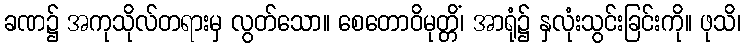
ခဏ၌ အကုသိုလ်တရားမှ လွတ်သော။ စေတောဝိမုတ္တိံ၊ အာရုံ၌ နှလုံးသွင်းခြင်းကို။ ဖုသိ၊